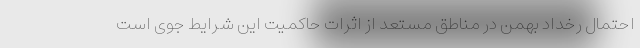
احتمال رخداد بهمن در مناطق مستعد از اثرات حاکمیت این شرایط جوی است